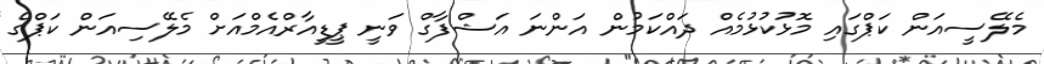
މެލޭސީއަން ކަޕްގައި މޮޅުކުޅުމެއް ދައްކަމުން އަންނަ އަޝްފާގް ވަނީ ޕީޑީއާރްއެމްއަށް މެލޭސިއަން ކަޕްގެ